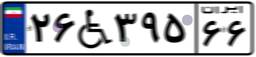
۹۶W۰۰۹۰۵